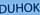
DUHOK